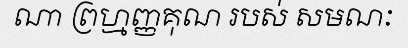
ណា ព្រហ្មញ្ញគុណ របស់ សមណៈ